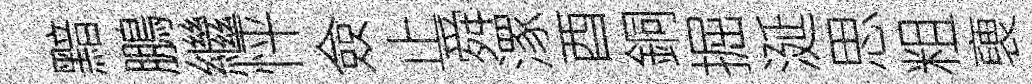
黯鵬繼怦僉止舜潈酉銅掘涎思粗褏